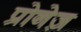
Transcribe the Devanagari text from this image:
प्रोनेज़